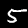
Digit: 5